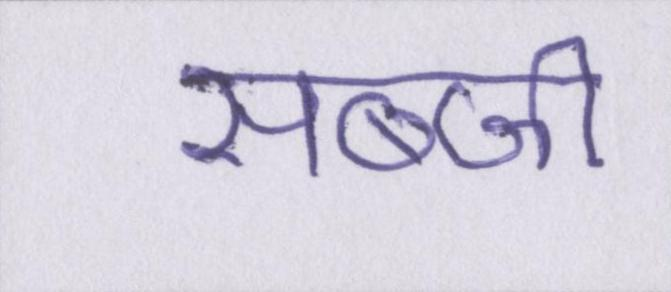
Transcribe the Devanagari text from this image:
सब्जी